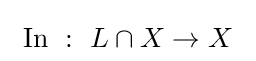
~\operatorname {In} ~:~L\cap X\to X~